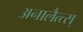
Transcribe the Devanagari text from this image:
अनालैत्त्स्